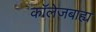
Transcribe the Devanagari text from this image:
कॉलेजबाह्य